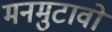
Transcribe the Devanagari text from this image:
मनमुटावों